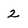
Character: 2